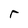
Character: r